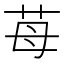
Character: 苺